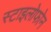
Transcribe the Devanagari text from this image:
स्टाइलोफोन